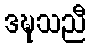
ဒဍ္ဎသညီ